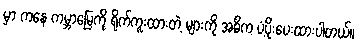
မှာ ကနေ ကမ္ဘာမြေကို ရိုက်ကူးထားတဲ့ များကို အဓိက ပံ့ပိုးပေးထားပါတယ်။